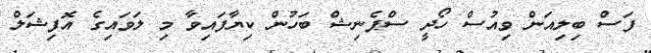
ފަސް ބިލިއަން ވިއުސް ހޯދީ ސްޕެނިޝް ބަހުން ކިޔާފައިވާ މި ލަވައިގެ އޮފިޝަލް